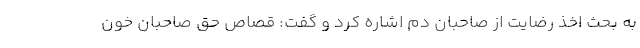
به بحث اخذ رضایت از صاحبان دم اشاره کرد و گفت: قصاص حق صاحبان خون